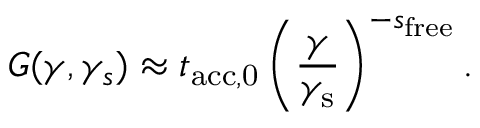
G ( \gamma , \gamma _ { s } ) \approx t _ { \mathrm { a c c , 0 } } \left( \frac { \gamma } { \gamma _ { \mathrm { s } } } \right) ^ { - s _ { \mathrm { f r e e } } } .